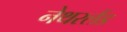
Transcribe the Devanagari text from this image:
नेथरलैंड